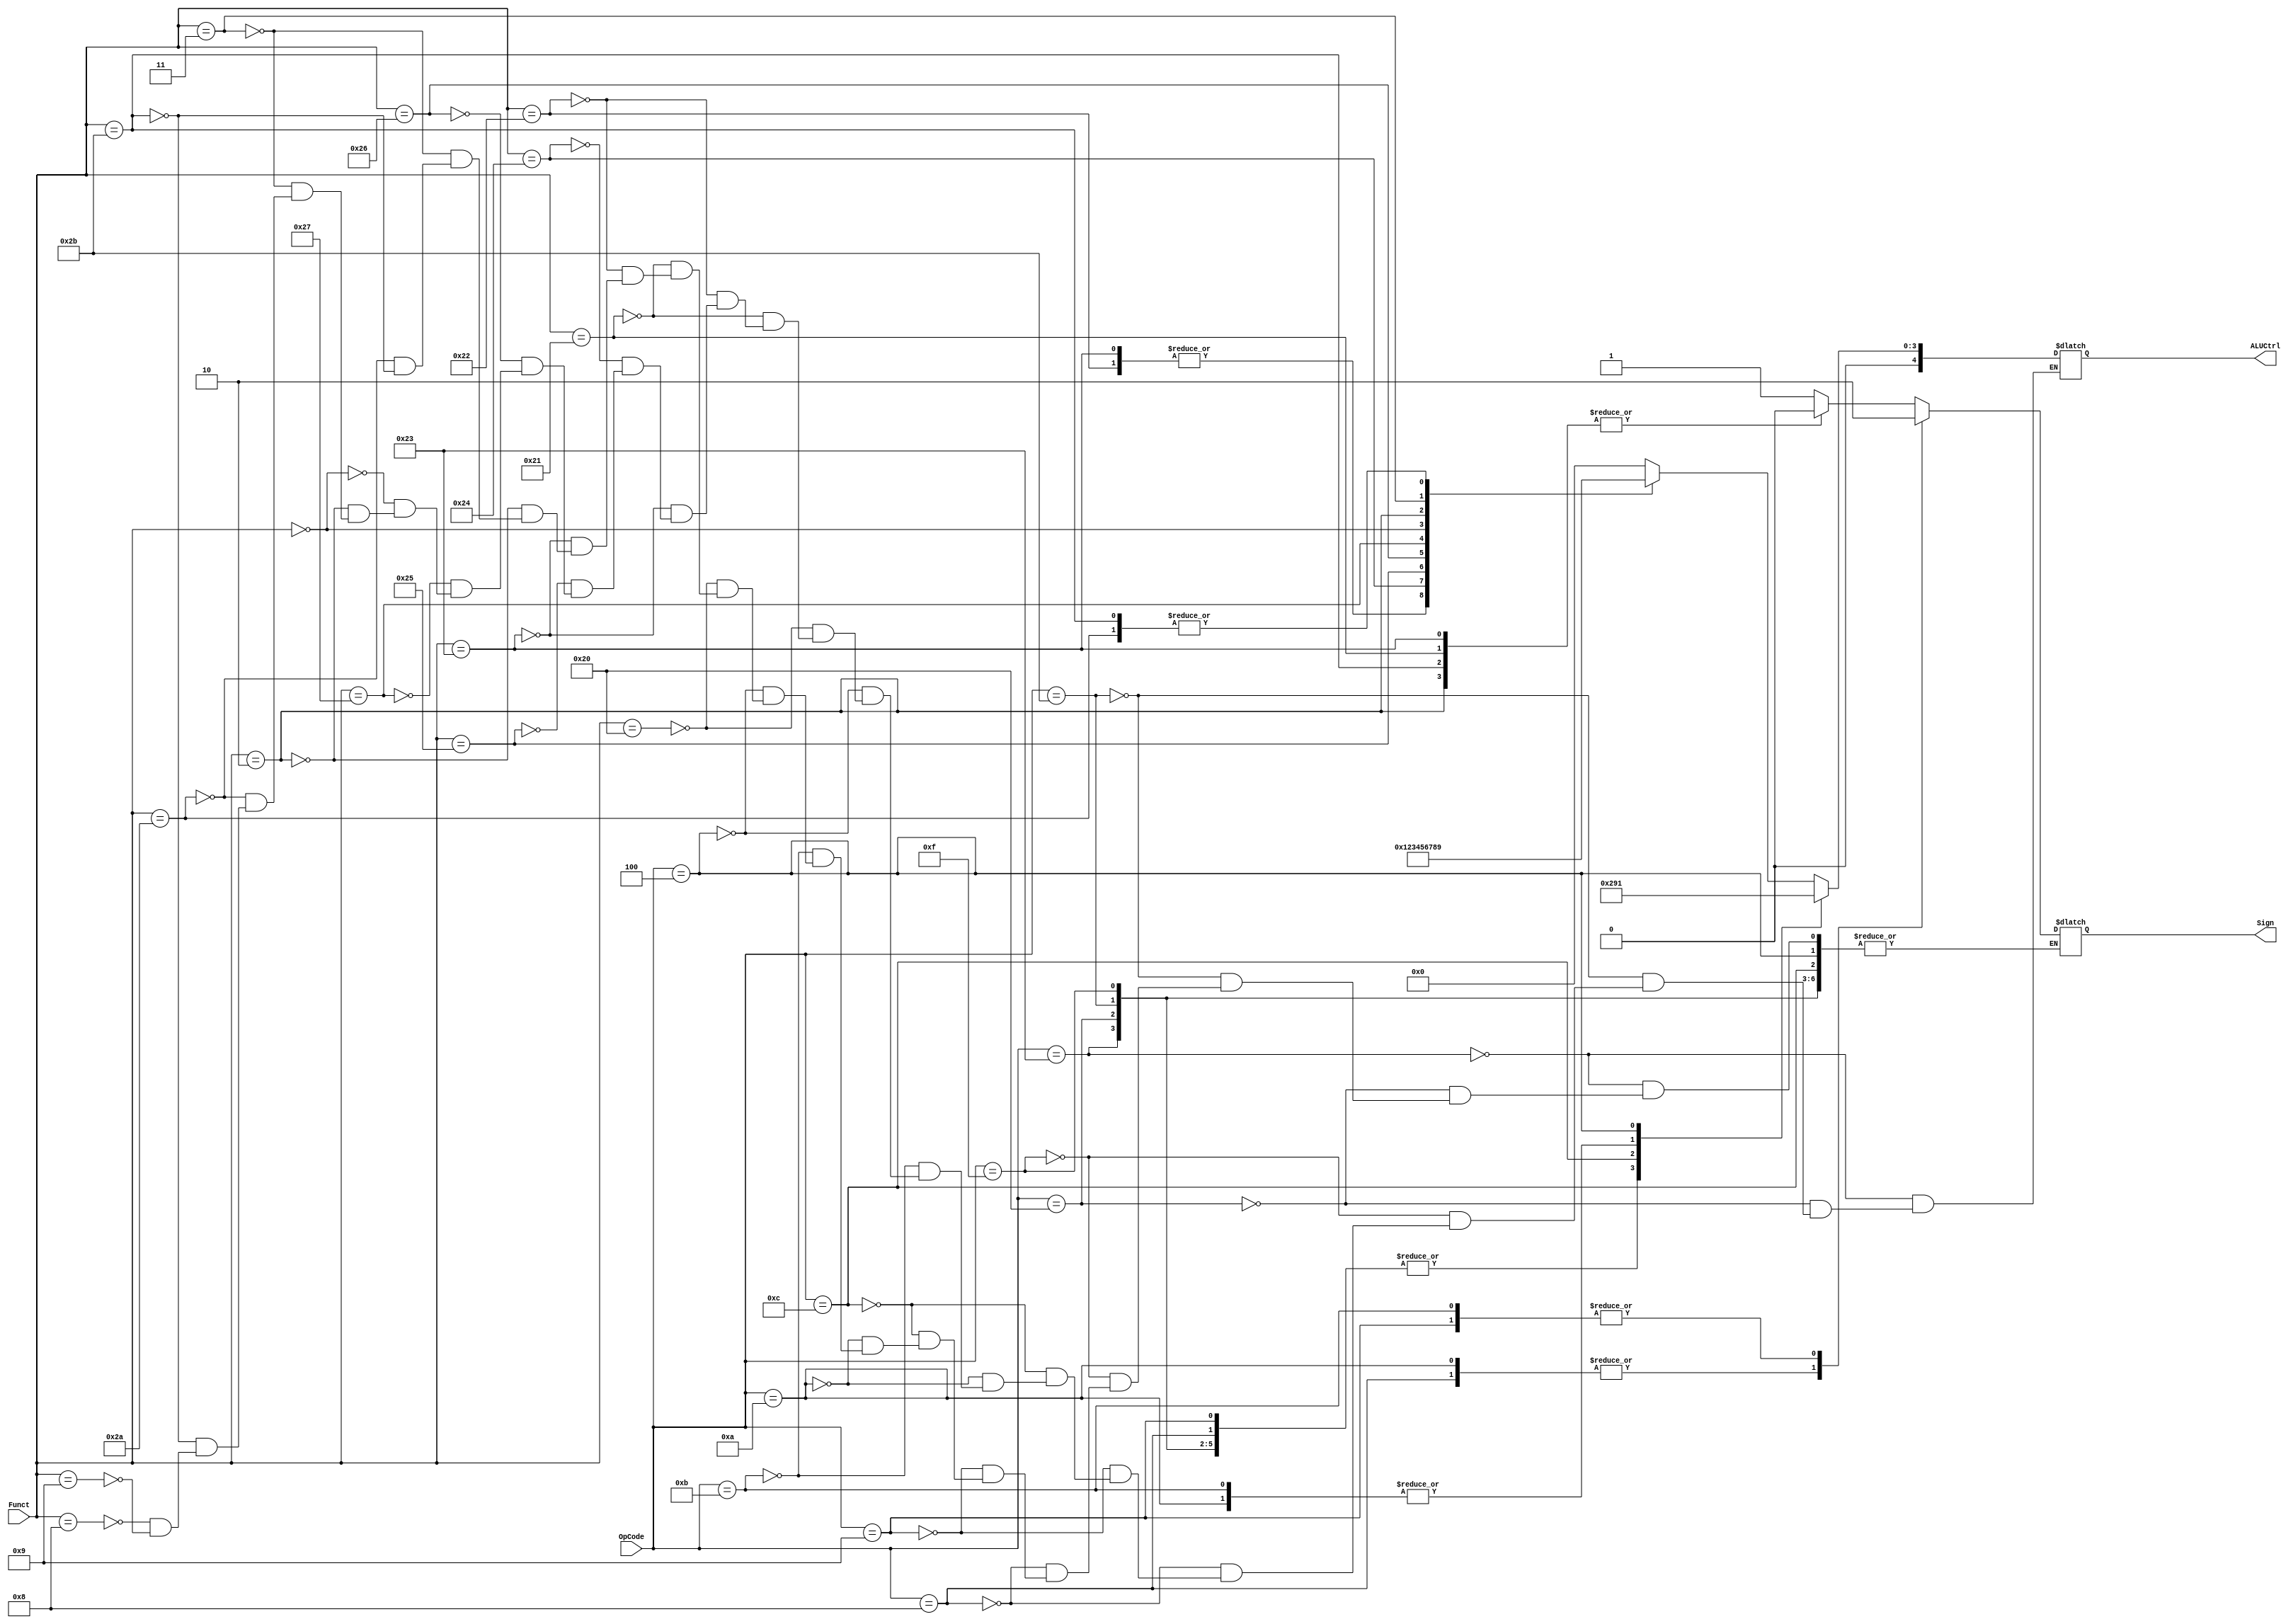
`timescale 1ns / 1ps
module ALUControl (
    OpCode,
    Funct,
    ALUCtrl,
    Sign
);

parameter ADD = 0;
parameter SUB = 1;
parameter AND = 2;
parameter OR = 3;
parameter XOR = 4;
parameter NOR = 5;
parameter SLL = 6;
parameter SRL = 7;
parameter SRA = 8;
parameter SLT = 9;

input [5:0] OpCode;
input [5:0] Funct;
output [4:0] ALUCtrl;
output Sign;

reg [4:0] ALUCtrl;
reg Sign;

always @(OpCode, Funct) begin
    case(OpCode)
    6'h23: ALUCtrl <= ADD;  // lw
    6'h20: ALUCtrl <= ADD;  // lb
    6'h2b: ALUCtrl <= ADD;  // sw
    6'h0f: ALUCtrl <= ADD; // lui
    6'h08: begin
        ALUCtrl <= ADD;
        Sign <= 1;
    end
    6'h09: begin
        ALUCtrl <= ADD;
        Sign <= 0;
    end
    6'h0c: ALUCtrl <= AND;
    6'h0a: begin
        ALUCtrl <= SLT;
        Sign <= 1;
    end
    6'h0b: begin
        ALUCtrl <= SLT;
        Sign <= 0;
    end
    6'h04: ALUCtrl <= SUB;  // beq
    default: begin // Opcode = 0
        case(Funct)
        6'h20: begin
            ALUCtrl <= ADD;
            Sign <= 1;
        end
        6'h21: begin
            ALUCtrl <= ADD;
            Sign <= 0;
        end
        6'h22: begin
            ALUCtrl <= SUB;
            Sign <= 1;
        end
        6'h23: begin
            ALUCtrl <= SUB;
            Sign <= 0;
        end
        6'h24: ALUCtrl <= AND;
        6'h25: ALUCtrl <= OR;
        6'h26: ALUCtrl <= XOR;
        6'h27: ALUCtrl <= NOR;
        6'h00: ALUCtrl <= SLL;
        6'h02: begin
            ALUCtrl <= SRL;
            Sign <= 0;
        end
        6'h03: begin
            ALUCtrl <= SRA;
            Sign <= 1;
        end
        6'h2a: begin
            ALUCtrl <= SLT;
            Sign <= 1;
        end
        6'h2b: begin
            ALUCtrl <= SLT;
            Sign <= 0;
        end
        6'h08: ALUCtrl <= ADD;  // jr
        6'h09: ALUCtrl <= ADD;  // jalr
        default: ALUCtrl <= ALUCtrl;
        endcase
    end
    endcase    
end
    
endmodule